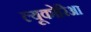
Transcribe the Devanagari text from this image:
ल्यूकोरिआ